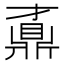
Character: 鼒